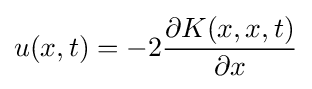
u(x,t)=-2{\frac {\partial K(x,x,t)}{\partial x}}